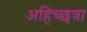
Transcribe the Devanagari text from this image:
अहिच्छत्रा